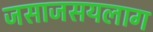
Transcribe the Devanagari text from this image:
जसाजसयलाग